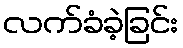
လက်ခံခဲ့ခြင်း